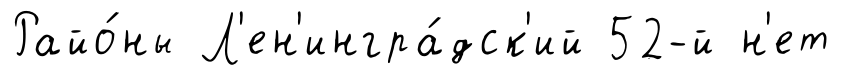
Райо́ны Л'ен'ингра́дск'ий 52-й н'ет